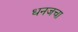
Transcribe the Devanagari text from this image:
धनजचा